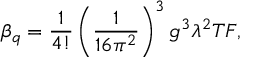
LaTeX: \beta _ { q } = { \frac { 1 } { 4 ! } } \left( { \frac { 1 } { 1 6 \pi ^ { 2 } } } \right) ^ { 3 } g ^ { 3 } \lambda ^ { 2 } T F ,